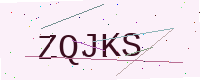
Text: ZQJKS